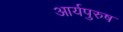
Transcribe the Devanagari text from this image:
आर्यपुरुष